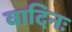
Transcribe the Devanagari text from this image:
वादिनः